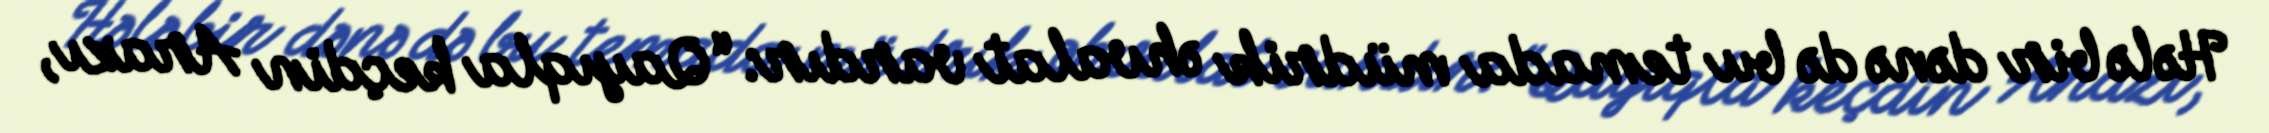
Hələ bir dənə də bu temada müdrik əhvalat vardır: “Qayıqla keçdin Arazı,